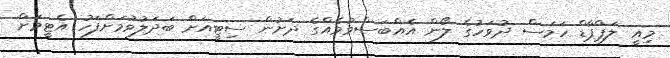
މިއީ ލަޕްޕާޑް ހަމަސް ދުވަހުގެ ލޯން އެއްބަސްވުމެއްގެ ދަށުން ސިޓީއަށް ބަދަލުވުމަށްފަހު އެޓީމަށް